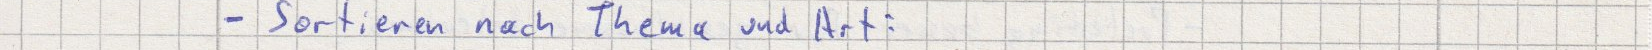
- Sortieren nach Thema und Art: